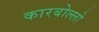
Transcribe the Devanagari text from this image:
कारबोल्लो